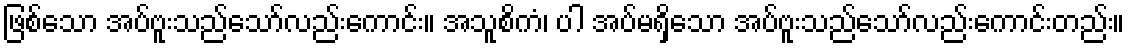
ဖြစ်သော အပ်ဗူးသည်သော်လည်းကောင်း။ အသူစိကံ၊ ပါ အပ်မရှိသော အပ်ဗူးသည်သော်လည်းကောင်းတည်း။